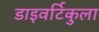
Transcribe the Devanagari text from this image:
डाइवर्टिकुला